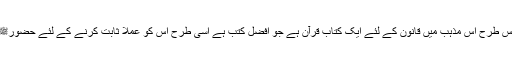
لہٰذا اس کے متعدد ولا تعداد امتیازات میں ایک یہ بھی ہے کہ جس طرح اس مذہب میں قانون کے لئے ایک کتاب قرآن ہے جو افضلِ کتب ہے اسی طرح اس کو عملاً ثابت کرنے کے لئے حضورﷺ کی ذات مبارکہ کی مکمل زندگی ہے، جو کہ افضلِ خلائق ہیں۔